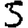
Digit: 5